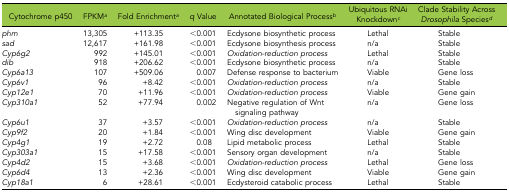
| Cytochrome p450 | FPKMa | Fold Enrichmenta | q Value | Annotated Biological Processb | Ubiquitous RNAi Knockdownc | Clade Stability Across Drosophila Speciesd |
 | --- | --- | --- | --- | --- | --- | --- |
 | phm | 13,305 | +113.35 | <0.001 | Ecdysone biosynthetic process | Lethal | Stable |
 | sad | 12,617 | +161.98 | <0.001 | Ecdysone biosynthesis process | n/a | Stable |
 | Cyp6g2 | 992 | +145.01 | <0.001 | Oxidation-reduction process | Lethal | Stable |
 | dib | 918 | +206.62 | <0.001 | Ecdysone biosynthetic process | n/a | Stable |
 | Cyp6a13 | 107 | +509.06 | 0.007 | Defense response to bacterium | Viable | Gene loss |
 | Cyp6v1 | 96 | +8.42 | <0.001 | Oxidation-reduction process | n/a | Stable |
 | Cyp12e1 | 70 | +11.96 | <0.001 | Oxidation-reduction process | Viable | Gene gain |
 | Cyp310a1 | 52 | +77.94 | 0.002 | Negative regulation of Wnt signaling pathway | n/a | Gene loss |
 | Cyp6u1 | 37 | +3.57 | <0.001 | Oxidation-reduction process | n/a | Stable |
 | Cyp9f2 | 20 | +1.84 | <0.001 | Wing disc development | Viable | Gene gain |
 | Cyp4g1 | 19 | +2.72 | 0.08 | Lipid metabolic process | Lethal | Stable |
 | Cyp303a1 | 15 | +17.58 | <0.001 | Sensory organ development | n/a | Stable |
 | Cyp4d2 | 15 | +3.68 | <0.001 | Oxidation-reduction process | Lethal | Gene loss |
 | Cyp6d4 | 13 | +2.36 | <0.001 | Wing disc development | Viable | Gene gain |
 | Cyp18a1 | 6 | +28.61 | <0.001 | Ecdysteroid catabolic process | Lethal | Stable |